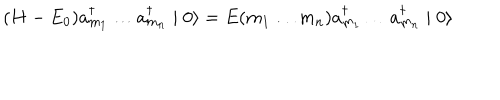
( H - E _ { 0 } ) a _ { m _ { 1 } } ^ { \dagger } \ldots a _ { m _ { n } } ^ { \dagger } \mid 0 \rangle = E ( m _ { 1 } \ldots m _ { n } ) a _ { m _ { 1 } } ^ { \dagger } \ldots a _ { m _ { n } } ^ { \dagger } \mid 0 \rangle